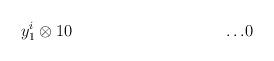
LaTeX: \begin{align*}y^i_1\otimes 1 & 0 & \dots & 0 \\\end{align*}